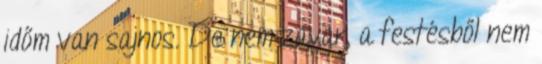
időm van sajnos. De nem zavar, a festésből nem